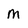
Character: M